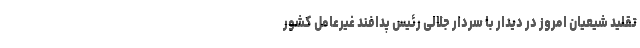
تقلید شیعیان امروز در دیدار با سردار جلالی رئیس پدافند غیرعامل کشور